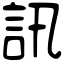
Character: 訊